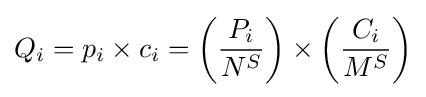
Q_{i}=p_{i}\times c_{i}=\left({\frac {P_{i}}{N^{S}}}\right)\times \left({\frac {C_{i}}{M^{S}}}\right)